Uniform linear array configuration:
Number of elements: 4
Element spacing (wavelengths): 0.75
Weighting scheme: binomial
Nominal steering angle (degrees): -15
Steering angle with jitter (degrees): -14.713
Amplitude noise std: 0.05
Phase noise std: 0.05

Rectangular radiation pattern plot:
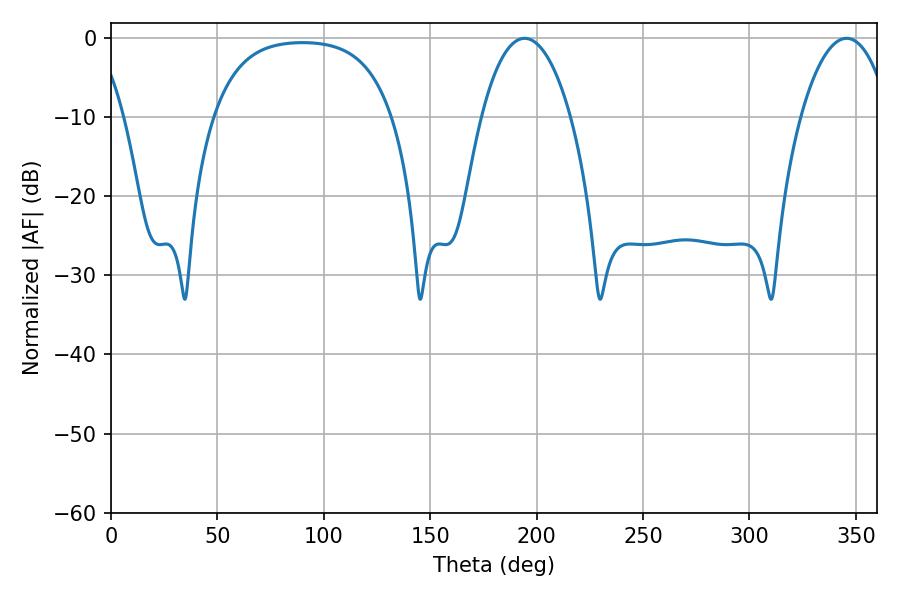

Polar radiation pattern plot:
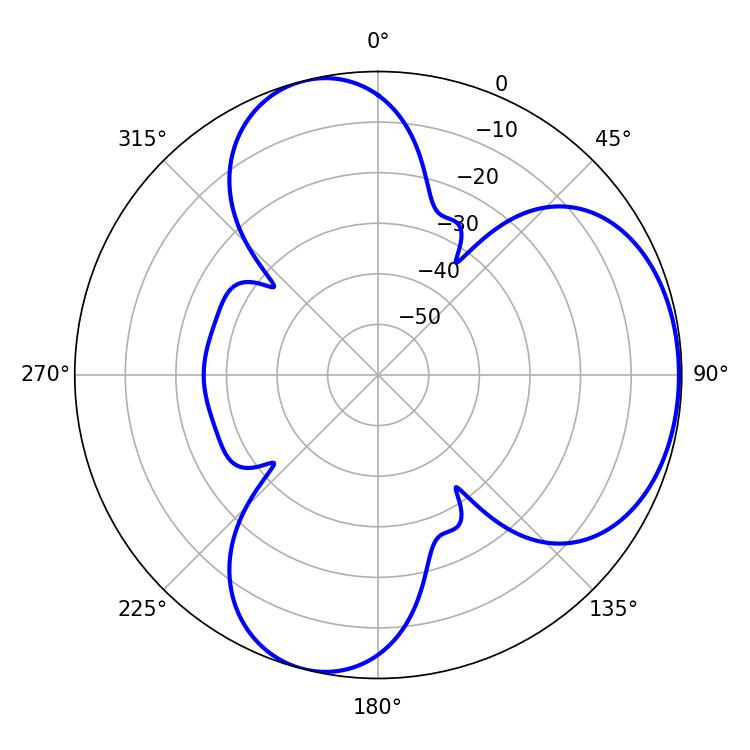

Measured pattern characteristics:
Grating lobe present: TRUE
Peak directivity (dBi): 5.131
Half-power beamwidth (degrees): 23.4
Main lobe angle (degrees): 194.4